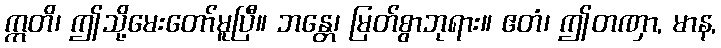
ဣတိ၊ ဤသို့မေးတော်မူပြီ။ ဘန္တေ၊ မြတ်စွာဘုရား။ ဧတံ၊ ဤတဏှာ, မာန,